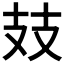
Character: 𢺸